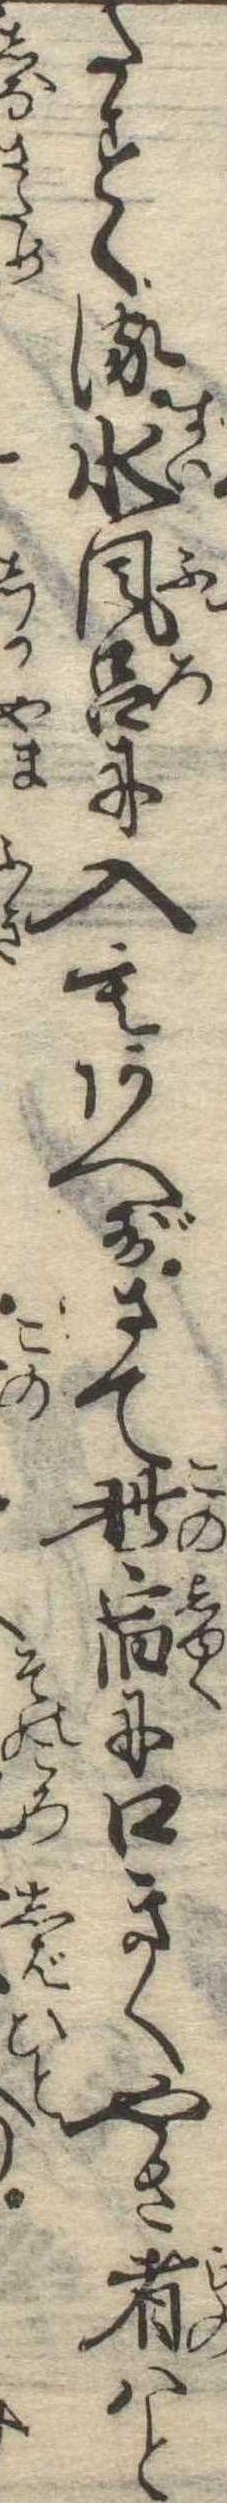
たすくる水風呂に入もあへずさて此宿に口きくやさ者はと